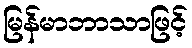
မြန်မာဘာသာဖြင့်